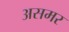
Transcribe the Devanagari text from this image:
असमर